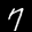
Label: 7